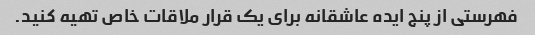
فهرستی از پنج ایده عاشقانه برای یک قرار ملاقات خاص تهیه کنید.